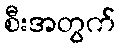
စီးအတွက်